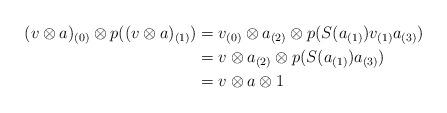
LaTeX: \begin{align*} (v\otimes a)_{(0)} \otimes p((v \otimes a)_{(1)}) & = v_{(0)} \otimes a_{(2)} \otimes p(S(a_{(1)}) v_{(1)} a_{(3)}) \\& = v \otimes a_{(2)} \otimes p(S(a_{(1)}) a_{(3)}) \\& = v \otimes a \otimes 1\end{align*}